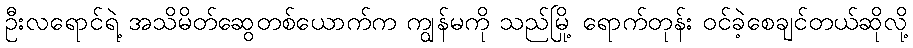
ဦးလရောင်ရဲ့ အသိမိတ်ဆွေတစ်ယောက်က ကျွန်မကို သည်မြို့ ရောက်တုန်း ဝင်ခဲ့စေချင်တယ်ဆိုလို့